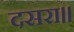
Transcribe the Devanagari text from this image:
दसरा॥